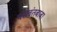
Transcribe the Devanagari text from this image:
यशवंतबाबा